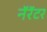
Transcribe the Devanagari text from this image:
नॅरॅटर